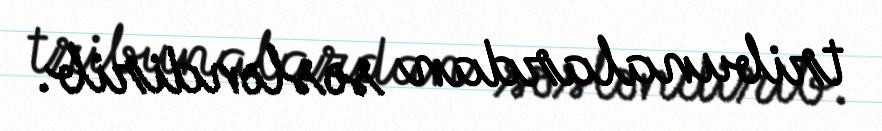
tribunalardan səsləndirib.